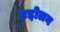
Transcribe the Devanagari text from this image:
उद्दोलन